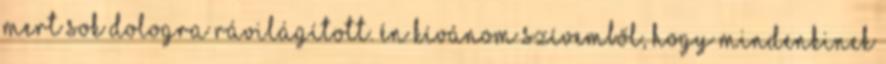
mert sok dologra rávilágított. én kívánom szívemből, hogy mindenkinek